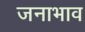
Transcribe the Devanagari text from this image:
जनाभाव